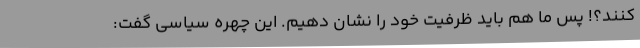
کنند؟! پس ما هم باید ظرفیت خود را نشان دهیم. این چهره سیاسی گفت: